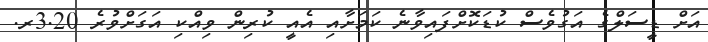
އަށް ޑީސަލްގެ އަގުވެސް ކުޑަކޮށްފައިވާނެ ކަމަށާއި އެއީ ކުރިން ވިއްކި އަގަށްވުރެ 3.20ރ.